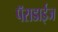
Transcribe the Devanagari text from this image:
पॅराडाईज